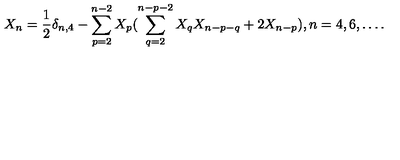
X _ { n } = \frac { 1 } { 2 } \delta _ { n , 4 } - \sum _ { p = 2 } ^ { n - 2 } X _ { p } ( \sum _ { q = 2 } ^ { n - p - 2 } X _ { q } X _ { n - p - q } + 2 X _ { n - p } ) , n = 4 , 6 , \ldots .